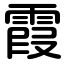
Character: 霞